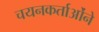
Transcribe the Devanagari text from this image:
चयनकर्ताओंने